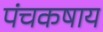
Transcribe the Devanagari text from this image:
पंचकषाय